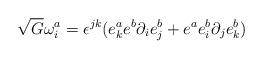
LaTeX: \begin{align*} \sqrt{G} \omega^a_i = \epsilon^{jk} (e^a_k e^b \partial_i e^b_j + e^a e^b_i \partial_j e^b_k)\end{align*}